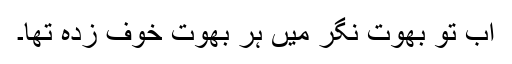
اب تو بھوت نگر میں ہر بھوت خوف زدہ تھا۔